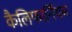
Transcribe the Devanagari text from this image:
कैलिफार्नियम